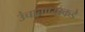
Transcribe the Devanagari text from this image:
उंचावण्याकडे